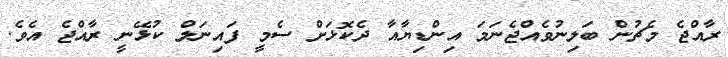
ރާއްޖެ މެޗުން ބަލިނުވެއްޖެނަމަ އިންޑިޔާއާ ދެކޮޅަށް ސެމީ ފައިނަލް ކުޅޭނީ ރާއްޖެ އެވެ.